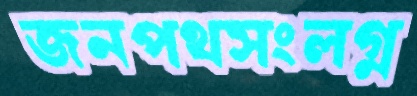
জনপথসংলগ্ন